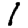
Digit: 1